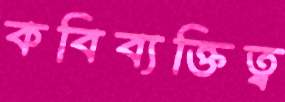
কবিব্যক্তিত্ব